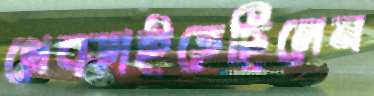
থেব্‌ড়াইতেছিলেন